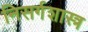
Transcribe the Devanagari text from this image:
निसर्गशास्त्र